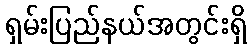
ရှမ်းပြည်နယ်အတွင်းရှိ